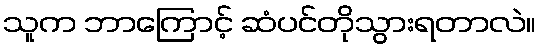
သူက ဘာကြောင့် ဆံပင်တိုသွားရတာလဲ။